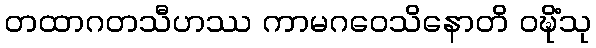
တထာဂတသီဟဿ ကာမဂဝေသိနောတိ ဝဍ္ဎိံသု